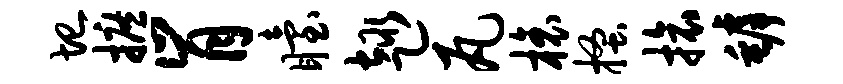
圮摭肯眙趣瓦榱搔旅罅